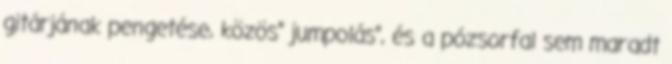
gitárjának pengetése, közös” jumpolás”, és a pózsorfal sem maradt